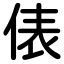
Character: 俵